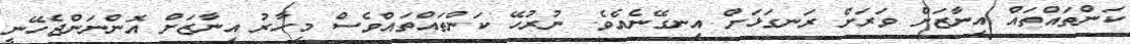
ކަންތައްތައް އިނާޒަށް ވަރަށް ރަނގަޅަށް އިނގޭނެއެވެ. ނުރުހޭ ކަންތައްތައްވެސް މިހާރު އިނާޒަށް އޮންނަންޖެހޭނީ